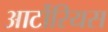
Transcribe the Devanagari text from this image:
आर्टोरियस